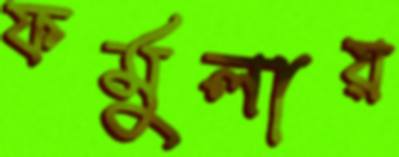
ফর্মুলায়